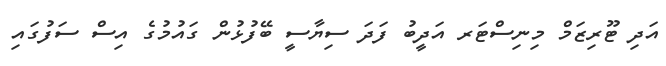
އަދި ޓޫރިޒަމް މިނިސްޓަރ އަދީބު ފަދަ ސިޔާސީ ބޭފުޅުން ގައުމުގެ އިސް ސަފުގައި